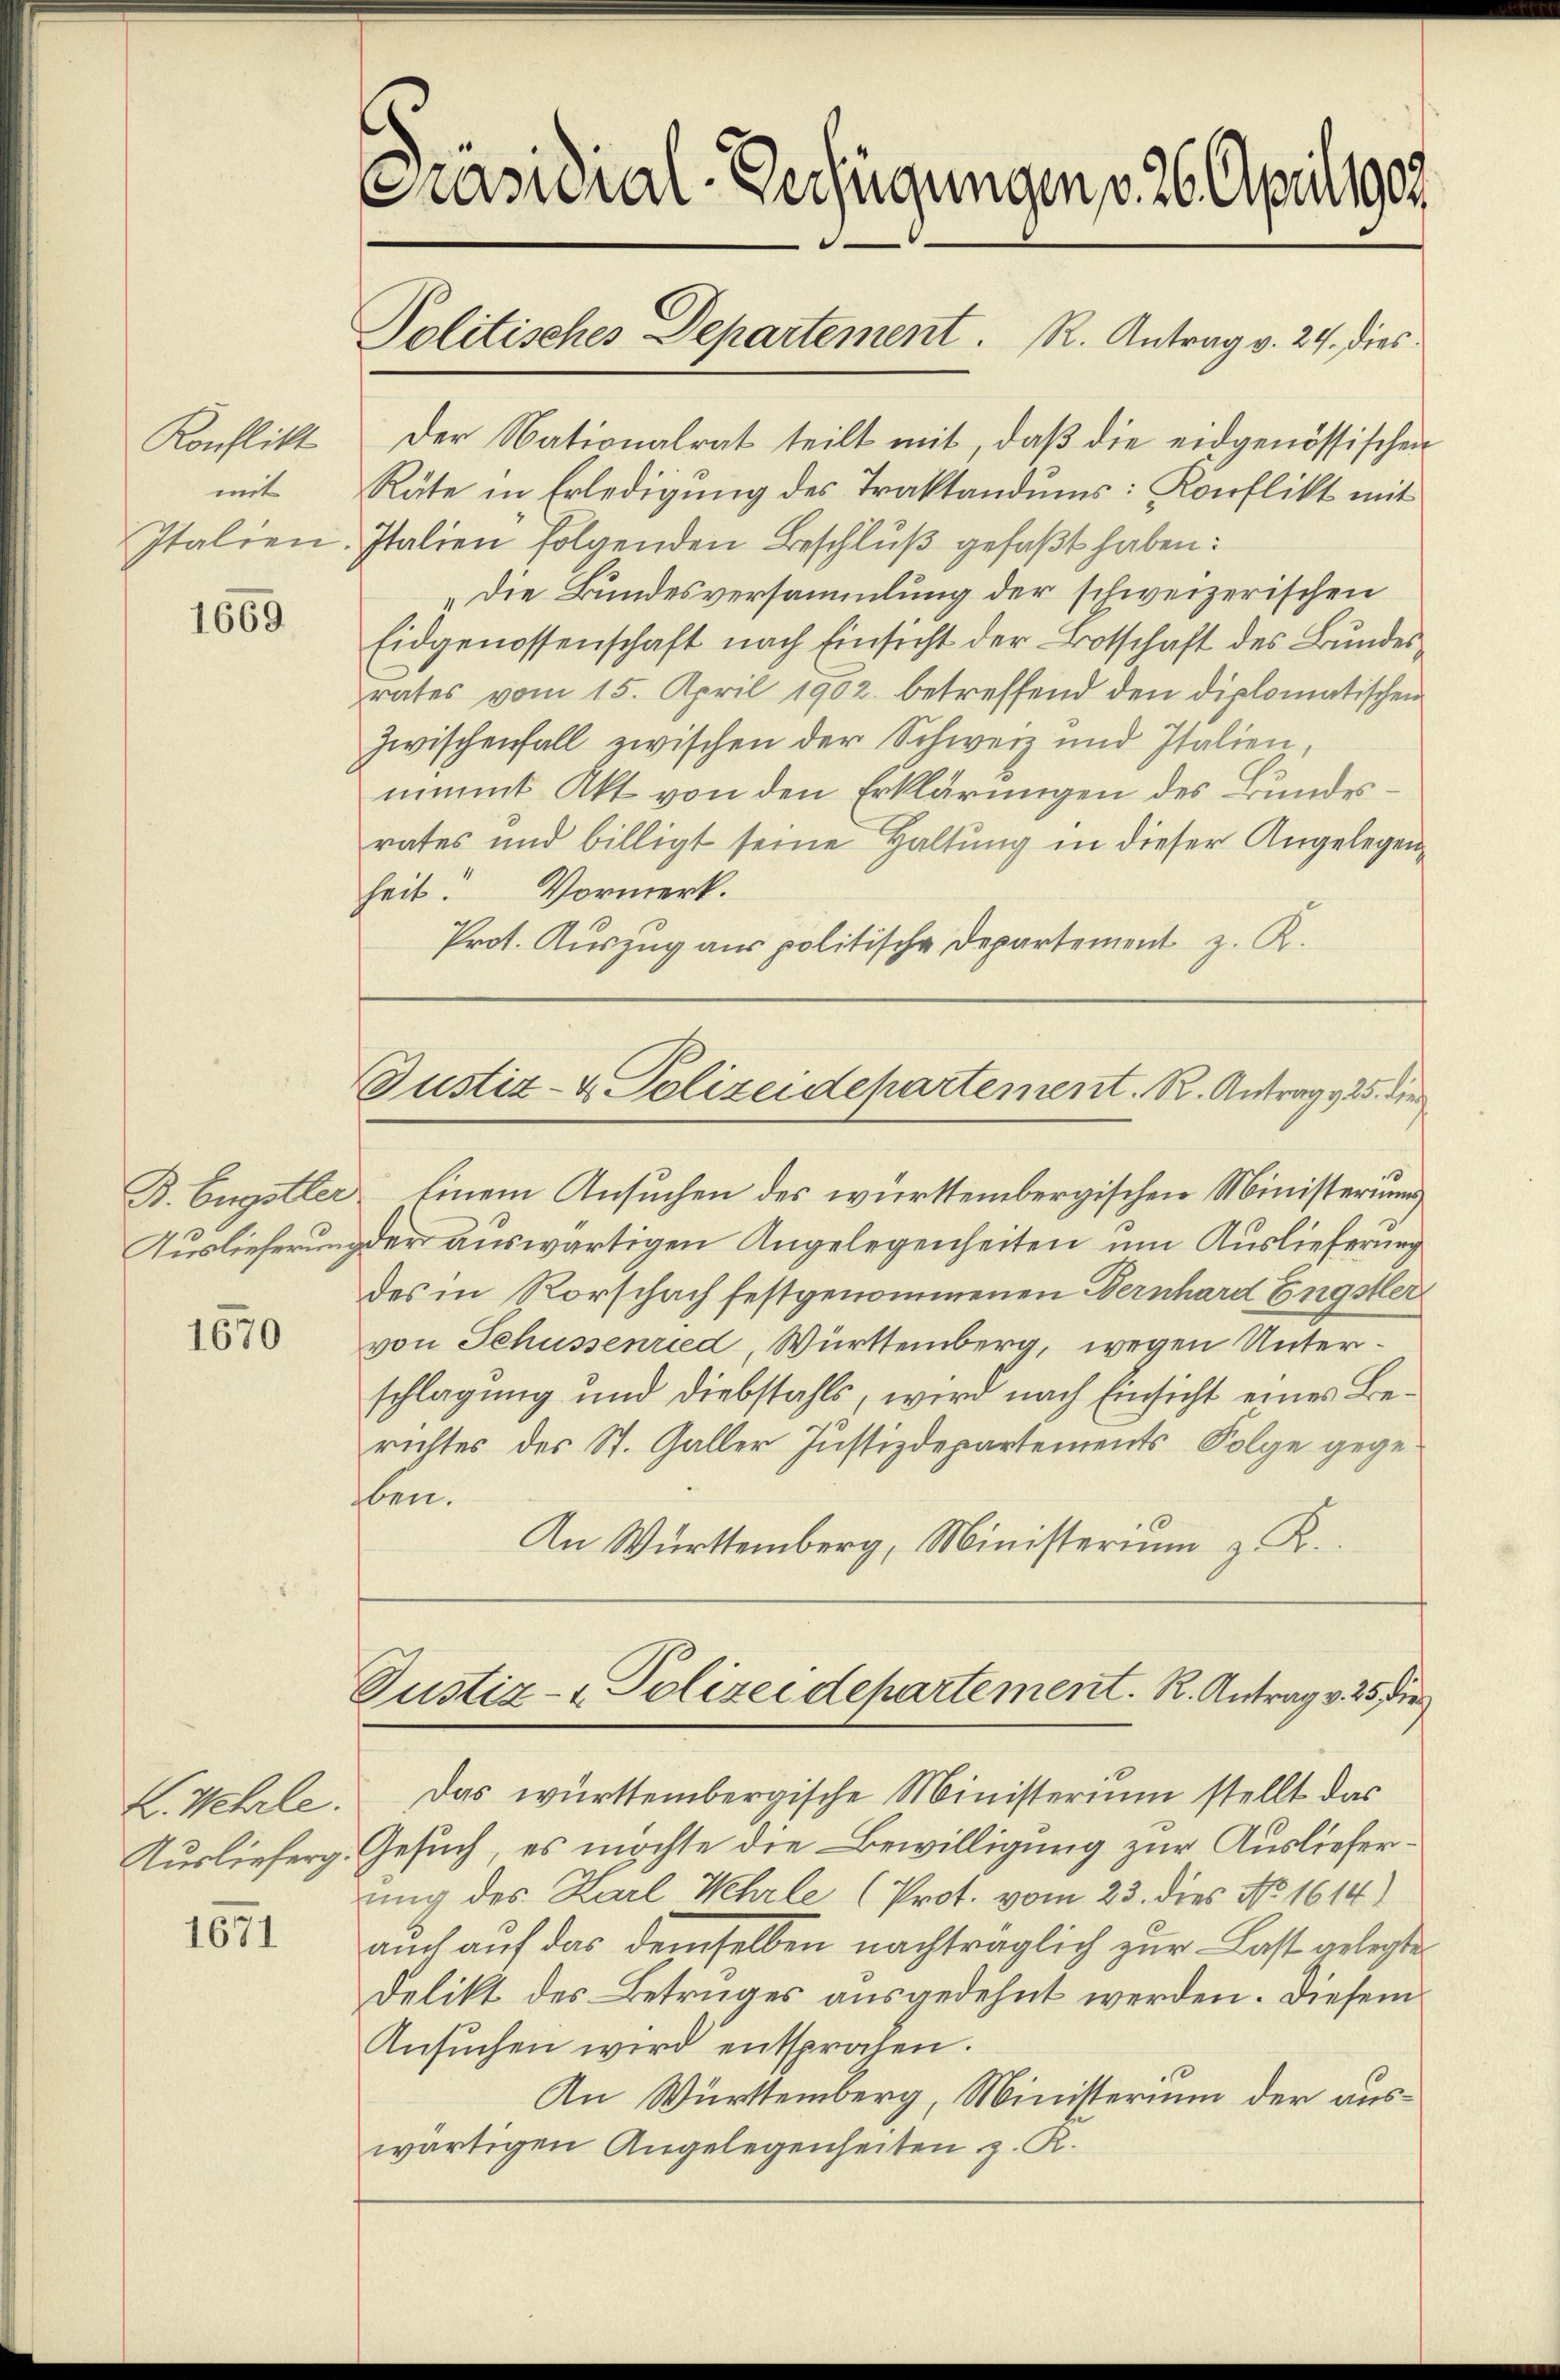
Konflikt
mit

1669

1670

1671

Der Nationalrat teilt mit, daß die eidgenössischen
Räte in Erledigung des Traktandums: Konflikt mit
Italien-Italien folgenden Beschluß gefaßt haben:
„die Bundesversammlung der schweizerischen
Eidgenossenschaft nach Einsicht der Botschaft des Bundesrates vom 15. April 1902. betreffend den diplomatischen
Zwischenfall zwischen der Schweiz und Italien,
nimmt Akt von den Erklärungen des Bundesrates und billigt seine Haltung in dieser Angelegenheit. Vormerk.
Prot. Auszug aus politische Departement z. R.
B. Eugstler einem Ansuchen des württembergischen Ministerium
Auslieferung der auswärtigen Angelegenheiten um Auslieferung
des in Rorschach festgenommenen Bernhard Engster
von Schüssenried, Württemberg, wegen Unterschlagung und diebstahls, wird nach Einsicht eines Berichtes des St. Galler Justizdepartements Folge gegeben.
An Württemberg, Ministerium z. K.
Justiz- & Polizeidepartement. R. Antrag v. 25 f
L. Wehrle. Das württembergische Ministerium stellt das
Auslieferg. Gesuch, es möchte die Bewilligung zur Auslieferung des Karl Wehrle (Prot. vom 23. dies No 1614)
auch auf das demselben nachträglich zur Last gelegte
Delikt des Betruges ausgedehnt werden. Diesem
Ansŭchen wird entsprochen.
An Württemberg, Ministerium der auswärtigen Angelegenheiten z. R.

Politisches Departement. R. Antrag v. 24. dies

Präsidial-Verfügungen v. 26 Aprillpar

Justiz- & Polizeidepartement. R. Antrag 25. die